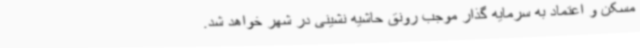
مسکن و اعتماد به سرمایه گذار موجب رونق حاشیه نشینی در شهر خواهد شد.